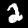
Digit: 2